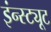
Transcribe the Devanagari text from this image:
इंन्स्ट्यूट